Indian journal of veterinary science and animal husbandry - Volume 5,
Year: 1935
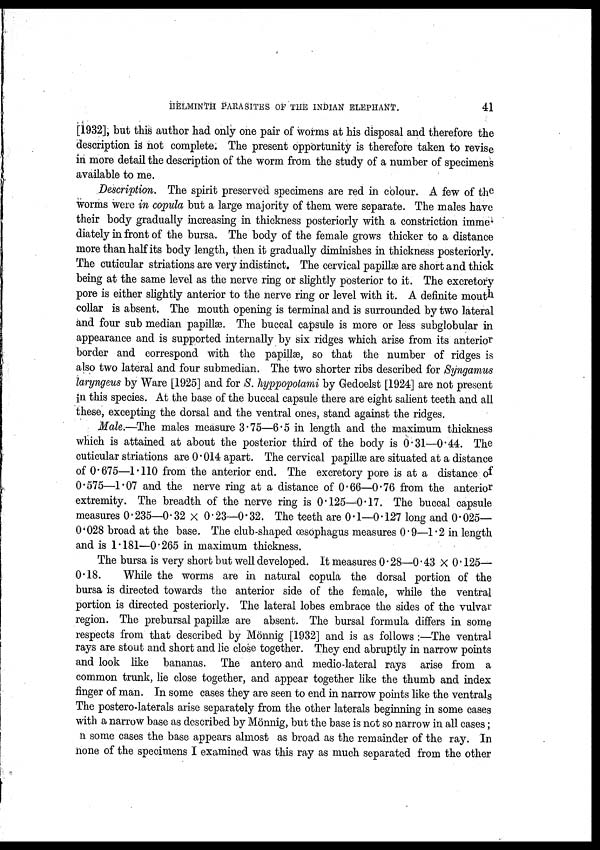
HELMINTH PARASITES OF THE INDIAN ELEPHANT,
41
[1932], but this author had only one pair of worms at his disposal and therefore the
description is not complete. The present opportunity is therefore taken to revise
in more detail the description of the worm from the study of a number of specimens
available to me.
Description. The spirit preserved specimens are red in colour. A few of the
worms were in copula but a large majority of them were separate. The males have
their body gradually increasing in thickness posteriorly with a constriction imme-
diately in front of the bursa. The body of the female grows thicker to a distance
more than half its body length, then it gradually diminishes in thickness posteriorly.
The cuticular striations are very indistinct. The cervical papillæ are short and thick
being at the same level as the nerve ring or slightly posterior to it. The excretory
pore is either slightly anterior to the nerve ring or level with it. A definite mouth
collar is absent. The mouth opening is terminal and is surrounded by two lateral
and four sub median papillæ. The buccal capsule is more or less subglobular in
appearance and is supported internally by six ridges which arise from its anterior
border and correspond with the papillæ, so that the number of ridges is
also two lateral and four submedian. The two shorter ribs described for Syngamus
laryngeus by Ware [1925] and for S. hyppopotami by Gedoelst [1924] are not present
in this species. At the base of the buccal capsule there are eight salient teeth and all
these, excepting the dorsal and the ventral ones, stand against the ridges.
Male.—The males measure 3.75—6.5 in length and the maximum thickness
which is attained at about the posterior third of the body is 0.31—0.44. The
cuticular striations are 0.014 apart. The cervical papillæ are situated at a distance
of 0.675—1.110 from the anterior end. The excretory pore is at a distance of
0.575—1.07 and the nerve ring at a distance of 0.66—0.76 from the anterior
extremity. The breadth of the nerve ring is 0.125—0.17. The buccal capsule
measures 0.235—0.32 × 0.23—0.32. The teeth are 0.1—0.127 long and 0.025—
0.028 broad at the base. The club-shaped œsophagus measures 0.9—1.2 in length
and is 1.181—0.265 in maximum thickness.
The bursa is very short but well developed. It measures 0.28—0.43 × 0.125—
0.18.
While the worms are in natural copula the dorsal portion of the
bursa is directed towards the anterior side of the female, while the ventral
portion is directed posteriorly. The lateral lobes embrace the sides of the vulvar
region. The prebursal papillæ are absent. The bursal formula differs in some
respects from that described by Mönnig [1932] and is as follows :—The ventral
rays are stout and short and lie close together. They end abruptly in narrow points
and look like bananas. The antero and medio-lateral rays arise from a
common trunk, lie close together, and appear together like the thumb and index
finger of man. In some cases they are seen to end in narrow points like the ventrals
The postero-laterals arise separately from the other laterals beginning in some cases
with a narrow base as described by Mönnig, but the base is not so narrow in all cases;
n some cases the base appears almost as broad as the remainder of the ray. In
none of the specimens I examined was this ray as much separated from the other